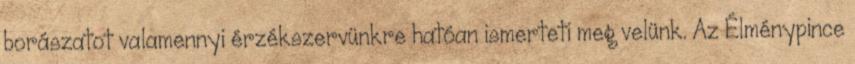
borászatot valamennyi érzékszervünkre hatóan ismerteti meg velünk. Az Élménypince